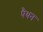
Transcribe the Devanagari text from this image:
पैथन